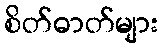
စိတ်ဓာတ်များ